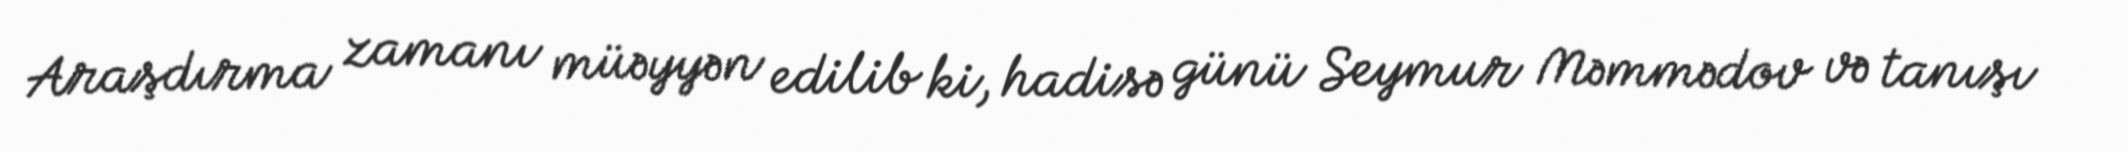
Araşdırma zamanı müəyyən edilib ki, hadisə günü Seymur Məmmədov və tanışı